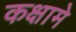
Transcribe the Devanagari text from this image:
कक्षामे